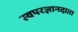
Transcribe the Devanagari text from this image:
स्वपरज्ञानदाता